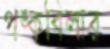
পঙ্কবিলার